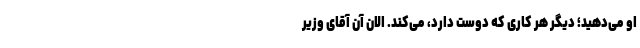
او می‌دهید؛ دیگر هر کاری که دوست دارد، می‌کند. الان آن آقای وزیر